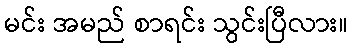
မင်း အမည် စာရင်း သွင်းပြီလား။